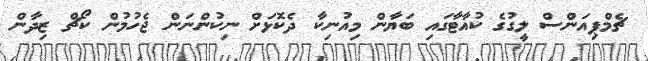
ޗެމްޕިއަންސް ލީގުގެ ކުއާޓާގައި ބަޔާން މިއުނިކާ ދެކޮޅަށް ނިކުންނަން ޖެހުމުން ކޯޗް ޒިދާން